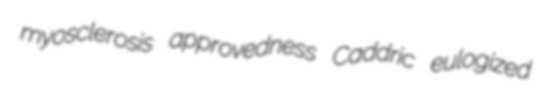
myosclerosis approvedness Caddric eulogized